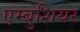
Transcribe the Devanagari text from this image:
एम्बुशियर